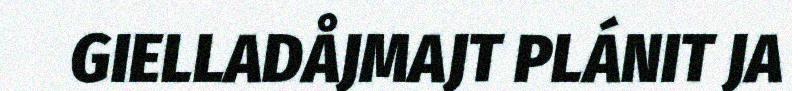
GIELLADÅJMAJT PLÁNIT JA